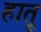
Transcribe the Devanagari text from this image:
हातू